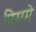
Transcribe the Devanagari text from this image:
पिसमे